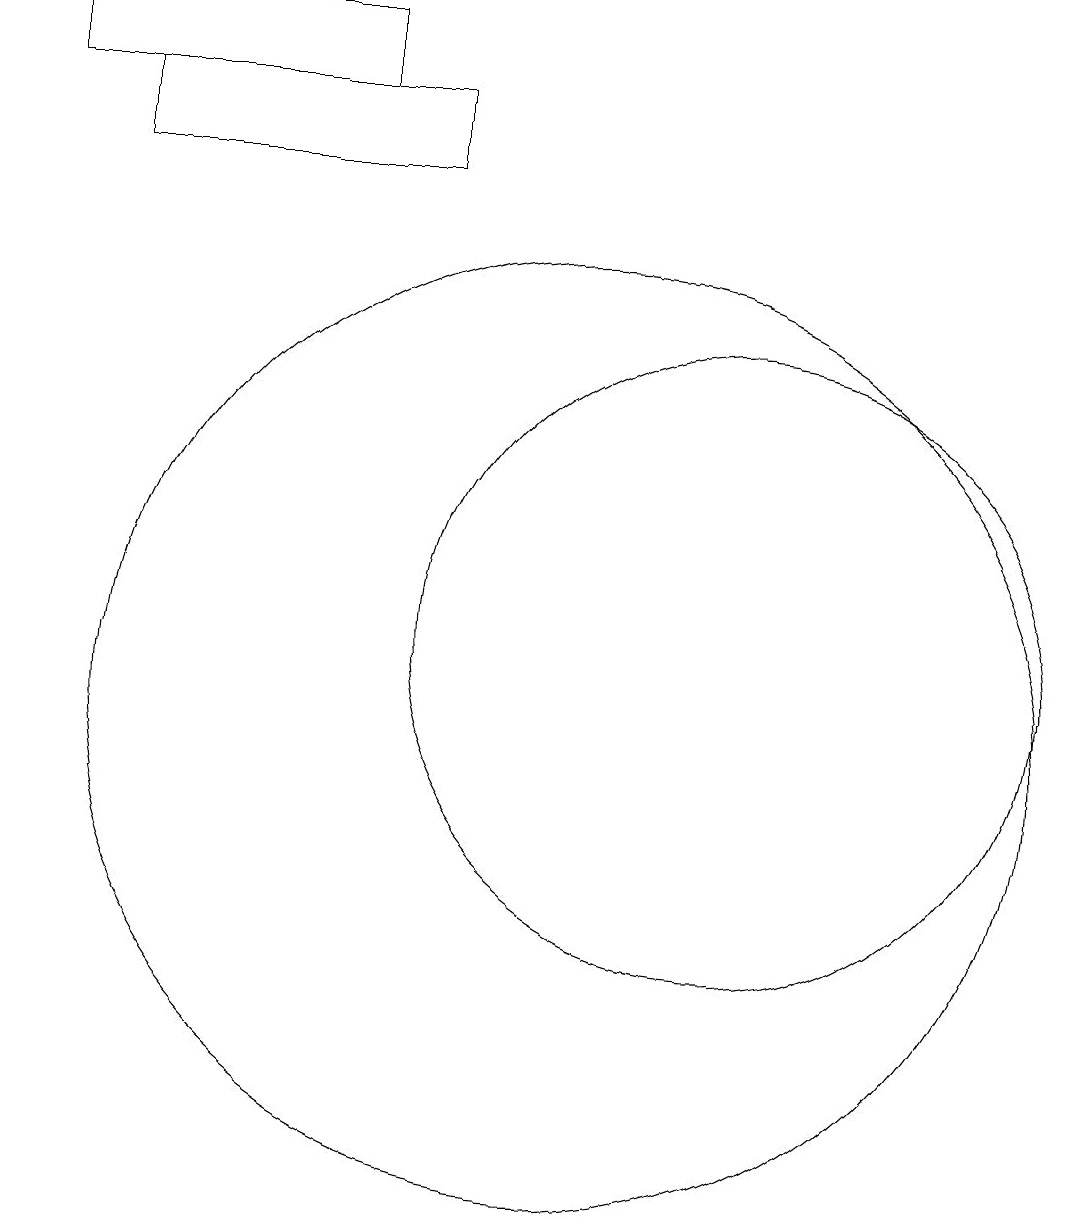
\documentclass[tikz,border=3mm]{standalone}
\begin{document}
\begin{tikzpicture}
\draw (10,10) circle (6);
\draw (4,18) rectangle (8,17);
\draw (3,19) rectangle (7,18);
\draw (12,11) circle (4);
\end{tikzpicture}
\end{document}